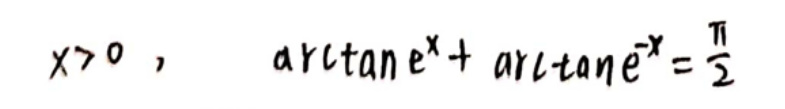
\[
x>0,\quad \arctan e^{x}+\arctan e^{-x}=\frac{\pi}{2}
\]